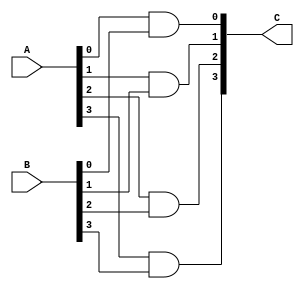
`timescale 1ns / 1ps
//////////////////////////////////////////////////////////////////////////////////
// Company: 
// Engineer: 
// 
// Design Name: 
// Module Name:    andop 
// Project Name: 
// Target Devices: 
// Tool versions: 
// Description: 
//
// Dependencies: 
//
// Revision: 
// Revision 0.01 - File Created
// Additional Comments: 
//
//////////////////////////////////////////////////////////////////////////////////
module andop(A,B,C
    );
	 parameter N=4;
	 input [N-1:0] A,B;
	 output [N-1:0] C;
	 genvar p;
	 
	 generate 
	 for(p = 0; p<N; p = p+1)
	 begin : and1p
	 and AG(C[p],A[p],B[p]);
	 end
	 endgenerate

endmodule